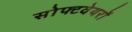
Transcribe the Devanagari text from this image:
सोफ्टवेयरों